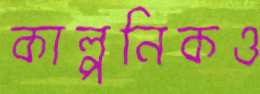
কাল্পনিকও